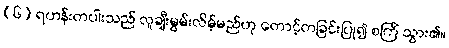
(၆) ရဟန်းတပါးသည် လူချီးမွမ်းလိမ့်မည်ဟု တောင့်တခြင်းပြု၍ စင်္ကြံ သွား၏။